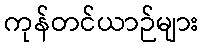
ကုန်တင်ယာဉ်များ